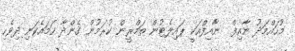
މުހައްމަދު ނާއިފް  ނާއިފްއަކީ ޕައިލެޓުން ތަމްރީން ކުރަމުން ގެންދާ ހަމައެކަނި ދިވެހި